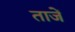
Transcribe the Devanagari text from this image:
ताजें